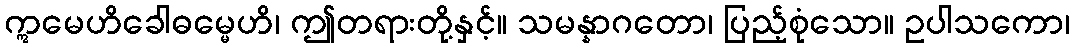
ဣမေဟိခေါဓမ္မေဟိ၊ ဤတရားတို့နှင့်။ သမန္နာဂတော၊ ပြည့်စုံသော။ ဥပါသကော၊